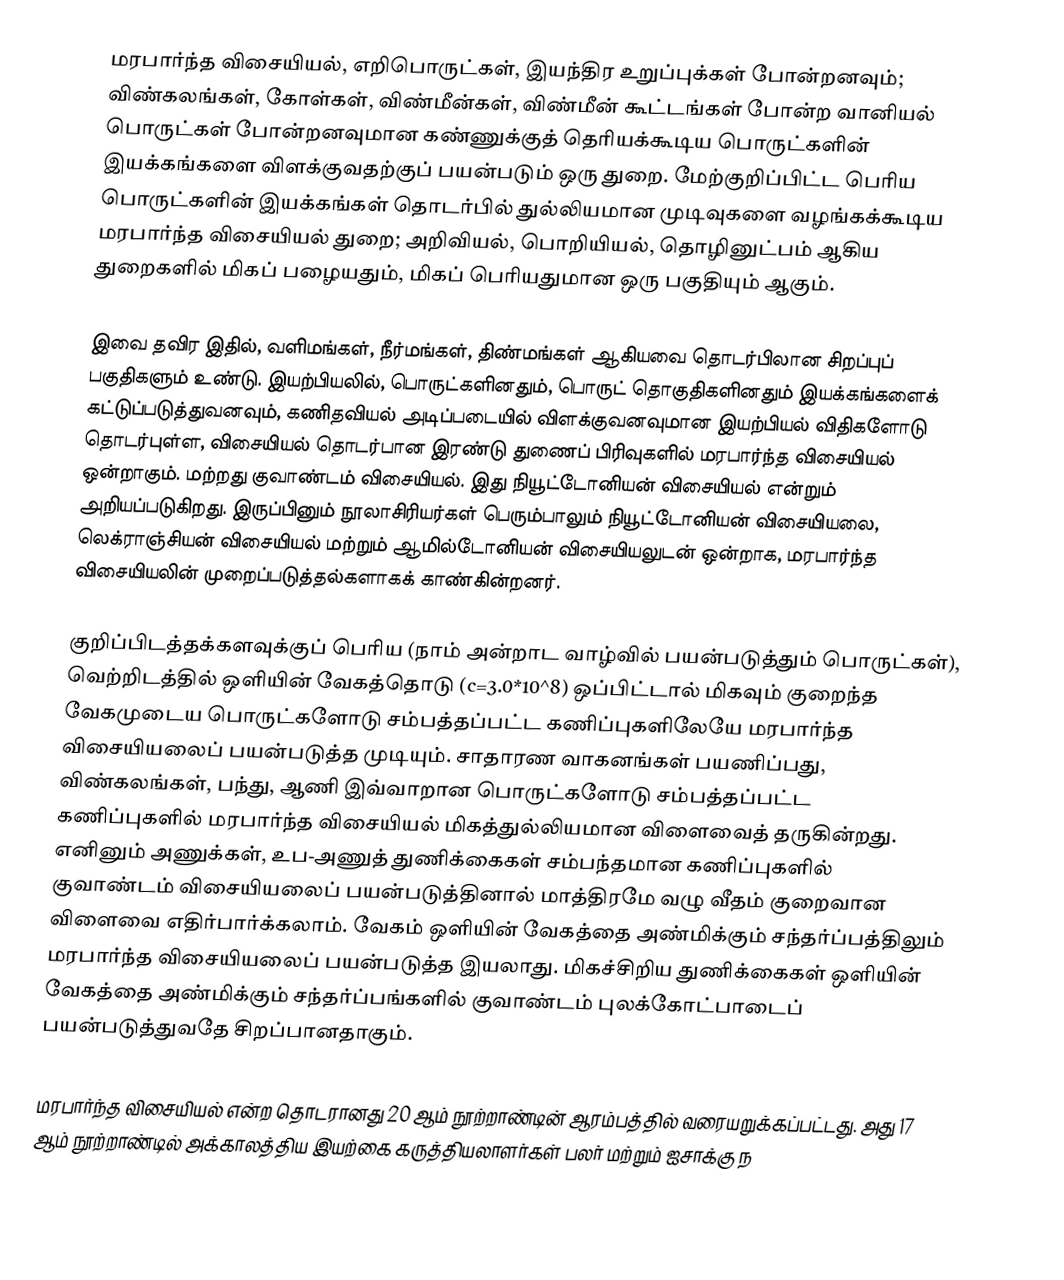
மரபார்ந்த விசையியல், எறிபொருட்கள், இயந்திர உறுப்புக்கள் போன்றனவும்; விண்கலங்கள், கோள்கள், விண்மீன்கள், விண்மீன் கூட்டங்கள் போன்ற வானியல் பொருட்கள் போன்றனவுமான கண்ணுக்குத் தெரியக்கூடிய பொருட்களின் இயக்கங்களை விளக்குவதற்குப் பயன்படும் ஒரு துறை. மேற்குறிப்பிட்ட பெரிய பொருட்களின் இயக்கங்கள் தொடர்பில் துல்லியமான முடிவுகளை வழங்கக்கூடிய மரபார்ந்த விசையியல் துறை; அறிவியல், பொறியியல், தொழினுட்பம் ஆகிய துறைகளில் மிகப் பழையதும், மிகப் பெரியதுமான ஒரு பகுதியும் ஆகும்.

இவை தவிர இதில், வளிமங்கள், நீர்மங்கள், திண்மங்கள் ஆகியவை தொடர்பிலான சிறப்புப் பகுதிகளும் உண்டு. இயற்பியலில், பொருட்களினதும், பொருட் தொகுதிகளினதும் இயக்கங்களைக் கட்டுப்படுத்துவனவும், கணிதவியல் அடிப்படையில் விளக்குவனவுமான இயற்பியல் விதிகளோடு தொடர்புள்ள, விசையியல் தொடர்பான இரண்டு துணைப் பிரிவுகளில் மரபார்ந்த விசையியல் ஒன்றாகும். மற்றது குவாண்டம் விசையியல். இது நியூட்டோனியன் விசையியல் என்றும் அறியப்படுகிறது. இருப்பினும் நூலாசிரியர்கள் பெரும்பாலும் நியூட்டோனியன் விசையியலை, லெக்ராஞ்சியன் விசையியல் மற்றும் ஆமில்டோனியன் விசையியலுடன் ஒன்றாக, மரபார்ந்த விசையியலின் முறைப்படுத்தல்களாகக் காண்கின்றனர்.

குறிப்பிடத்தக்களவுக்குப் பெரிய (நாம் அன்றாட வாழ்வில் பயன்படுத்தும் பொருட்கள்), வெற்றிடத்தில் ஒளியின் வேகத்தொடு (c=3.0*10^8) ஒப்பிட்டால் மிகவும் குறைந்த வேகமுடைய பொருட்களோடு சம்பத்தப்பட்ட கணிப்புகளிலேயே மரபார்ந்த விசையியலைப் பயன்படுத்த முடியும். சாதாரண வாகனங்கள் பயணிப்பது, விண்கலங்கள், பந்து, ஆணி இவ்வாறான பொருட்களோடு சம்பத்தப்பட்ட கணிப்புகளில் மரபார்ந்த விசையியல் மிகத்துல்லியமான விளைவைத் தருகின்றது. எனினும் அணுக்கள், உப-அணுத் துணிக்கைகள் சம்பந்தமான கணிப்புகளில் குவாண்டம் விசையியலைப் பயன்படுத்தினால் மாத்திரமே வழு வீதம் குறைவான விளைவை எதிர்பார்க்கலாம். வேகம் ஒளியின் வேகத்தை அண்மிக்கும் சந்தர்ப்பத்திலும் மரபார்ந்த விசையியலைப் பயன்படுத்த இயலாது. மிகச்சிறிய துணிக்கைகள் ஒளியின் வேகத்தை அண்மிக்கும் சந்தர்ப்பங்களில் குவாண்டம் புலக்கோட்பாடைப் பயன்படுத்துவதே சிறப்பானதாகும்.

மரபார்ந்த விசையியல் என்ற தொடரானது 20 ஆம் நூற்றாண்டின் ஆரம்பத்தில் வரையறுக்கப்பட்டது. அது 17 ஆம் நூற்றாண்டில் அக்காலத்திய இயற்கை கருத்தியலாளர்கள் பலர் மற்றும் ஐசாக்கு ந